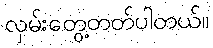
လှမ်းတွေ့တတ်ပါတယ်။